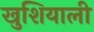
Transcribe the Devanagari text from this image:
खुशियाली